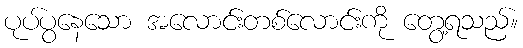
ပုပ်ပွနေသော အလောင်းတစ်လောင်းကို တွေ့ရသည်။